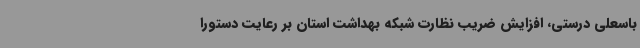
باسعلی درستی، افزایش ضریب نظارت شبکه بهداشت استان بر رعایت دستورا